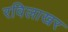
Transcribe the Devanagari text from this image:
रविलाखर